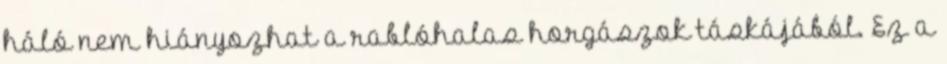
háló nem hiányozhat a rablóhalas horgászok táskájából. Ez a